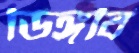
ডিঙ্গবি